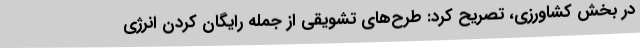
در بخش کشاورزی، تصریح کرد: طرح‌های تشویقی از جمله رایگان کردن انرژی